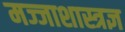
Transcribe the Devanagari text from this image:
मज्जाशास्त्रज्ञ